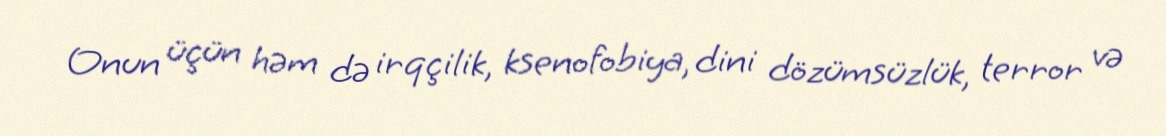
Onun üçün həm də irqçilik, ksenofobiya, dini dözümsüzlük, terror və